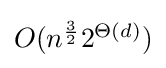
{\textstyle O(n^{\frac {3}{2}}2^{\Theta (d)})}